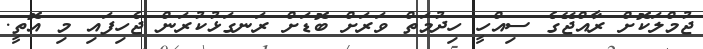
ޖުމްލަކޮށް ރާއްޖޭގެ ސިއްހީ ހިދުމަތް ވަރަށް ބޮޑަށް ރަނގަޅުކުރަން ޖެހިފައި މި އޮތީ.